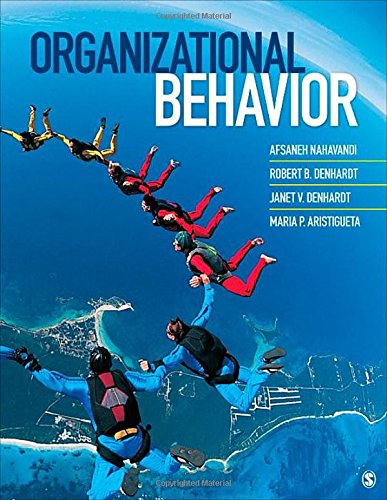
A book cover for Organizational Behavior; Afsaneh Nahavandi; Business & Money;